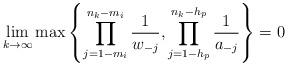
LaTeX: \begin{align*}\displaystyle\lim_{k\to \infty} \max \left\{\prod_{j=1-m_i}^{n_k-m_i}\frac{1}{w_{-j}} , \prod_{j=1-h_p}^{n_k-h_p}\frac{1}{a_{-j}}\right\}=0\end{align*}